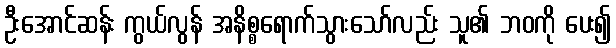
ဦးအောင်ဆန်း ကွယ်လွန် အနိစ္စရောက်သွားသော်လည်း သူ၏ ဘဝကို ပေး၍